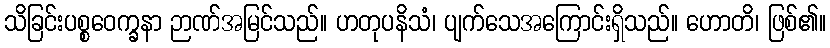
သိခြင်းပစ္စဝေက္ခနာ ဉာဏ်အမြင်သည်။ ဟတုပနိသံ၊ ပျက်သေအကြောင်းရှိသည်။ ဟောတိ၊ ဖြစ်၏။